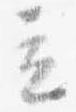
立